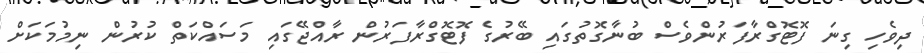
ދިވެހި ގިނަ ފޮޓޮގްރާފަރުންވެސް ބުނާގޮތުގައި ބޭރުގެ ފޮޓޮގްރާފަރުން ރާއްޖޭގައި މަސައްކަތް ކުރުން ނިމުމަކަށް